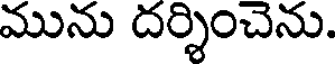
మును దర్శించెను.